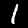
Digit: 1